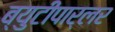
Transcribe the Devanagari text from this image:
ब्युटीपार्लर